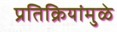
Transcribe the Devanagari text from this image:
प्रतिक्रियांमुळे